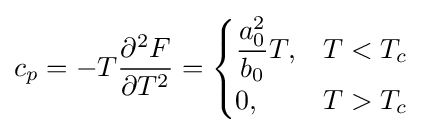
c_{p}=-T{\frac {\partial ^{2}F}{\partial T^{2}}}={\begin{cases}{\dfrac {a_{0}^{2}}{b_{0}}}T,&T<T_{c}\\0,&T>T_{c}\end{cases}}